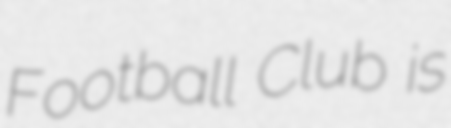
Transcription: Football Club is